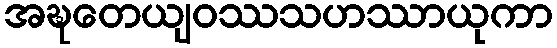
အဍ္ဎတေယျဝဿသဟဿာယုကာ